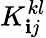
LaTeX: {K}_{\mathbf{i}j}^{kl}